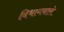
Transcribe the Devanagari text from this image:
विभागवाले